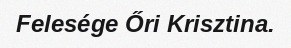
Felesége Őri Krisztina.